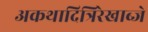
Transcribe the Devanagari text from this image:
अकथादित्रिरेखाब्जे